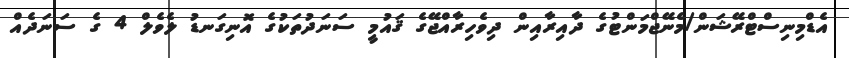
އެޑްމިނިސްޓްރޭޝަން/މެނޭޖްމަންޓުގެ ދާއިރާއިން ދިވެހިރާއްޖޭގެ ޤައުމީ ސަނަދުތަކުގެ އޮނިގަނޑު ލެވެލް 4 ގެ ސަނަދެއް